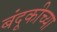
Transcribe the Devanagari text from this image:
बंदूकीच्या